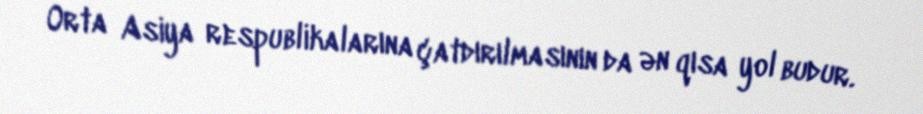
Orta Asiya respublikalarına çatdırılmasının da ən qısa yol budur.